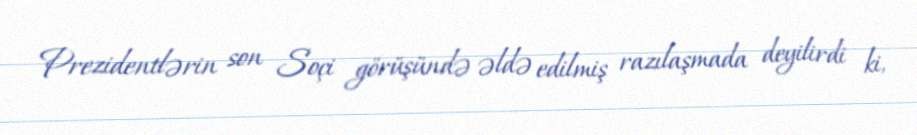
Prezidentlərin son Soçi görüşündə əldə edilmiş razılaşmada deyilirdi ki,